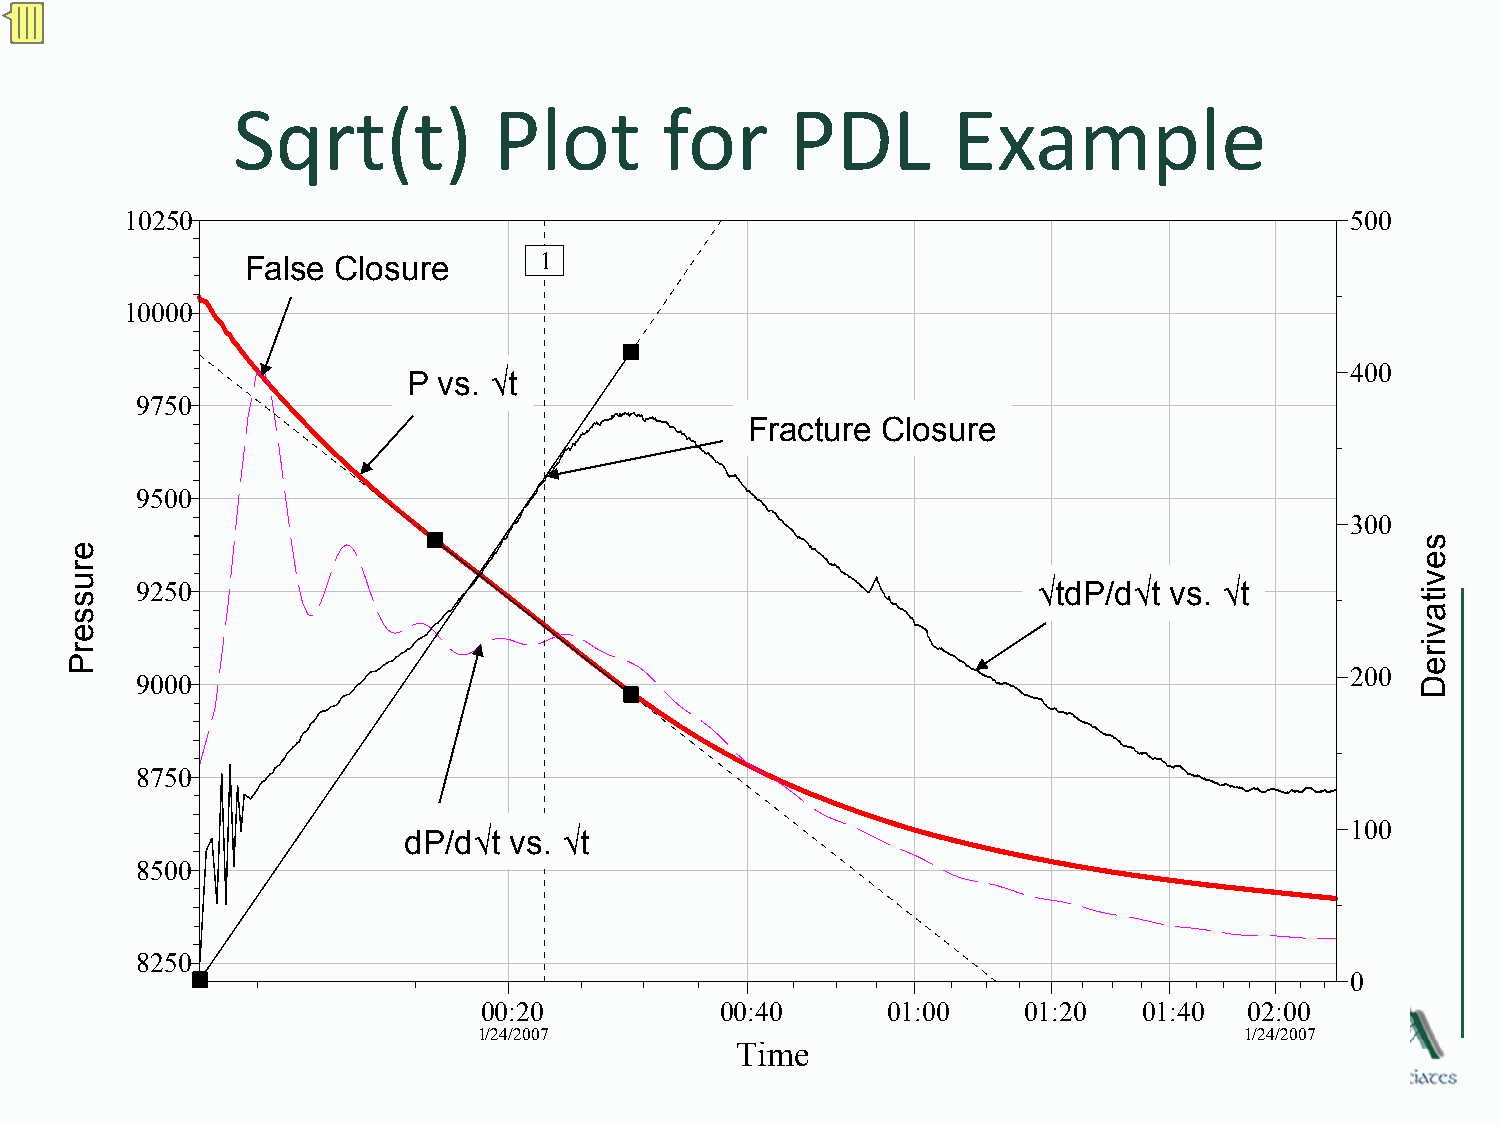
Sqrt(t)           Plot       for     PDL        Example
 10250                                                                            500
 False Closure       1
 10000
 400
 P vs. √t
 9750
 Fracture Closure
 9500
 300
 9250                                                        √tdP/d√t vs. √t
 200
 9000
 8750
 100
 dP/d√t vs. √t
 8500
 8250
 0
 00:20           00:40      01:00    01:20   01:40  02:00
 1/24/2007                                         1/24/2007
 Time
 © 2009
 erusserP
 sevitavireD